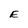
Character: E